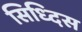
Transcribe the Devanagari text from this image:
सिध्दिस